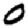
Digit: 0